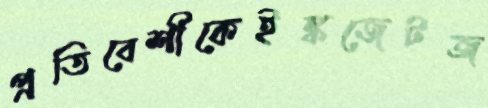
প্রতিবেশীকেইঙ্কজেটজ